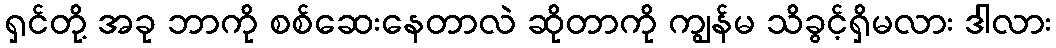
ရှင်တို့ အခု ဘာကို စစ်ဆေးနေတာလဲ ဆိုတာကို ကျွန်မ သိခွင့်ရှိမလား ဒါလား